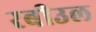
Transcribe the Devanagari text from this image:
रबीउल